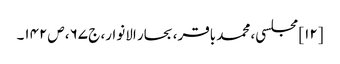
[۱۲] مجلسی، محمد باقر، بحار الانوار، ج‌ ۶۷، ص‌۱۴۲۔